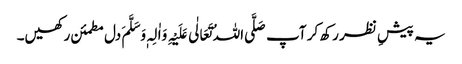
یہ پیشِ نظر رکھ کر آپ صَلَّی اللہُ تَعَالٰی عَلَیْہِ وَاٰلِہٖ وَسَلَّمَ دل مطمئن رکھیں۔